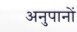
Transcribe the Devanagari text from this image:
अनुपानों